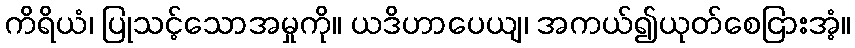
ကိရိယံ၊ ပြုသင့်သောအမှုကို။ ယဒိဟာပေယျ၊ အကယ်၍ယုတ်စေငြားအံ့။